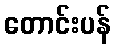
တောင်းပန်